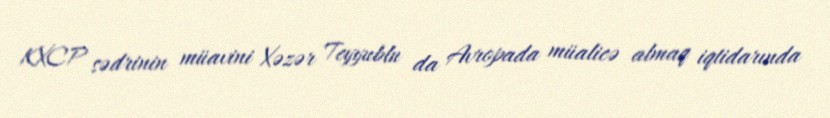
KXCP sədrinin müavini Xəzər Teyyublu da Avropada müalicə almaq iqtidarında